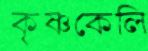
কৃষ্ণকেলি